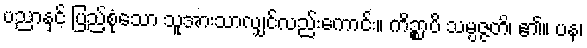
ပညာနှင့် ပြည့်စုံသော သူအားသာလျှင်လည်းကောင်း။ ကိဉ္စာပိ သမ္ပဇ္ဇတိ၊ ၏။ ပန၊